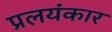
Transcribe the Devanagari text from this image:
प्रलयंकार